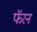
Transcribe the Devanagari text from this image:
फॅरन